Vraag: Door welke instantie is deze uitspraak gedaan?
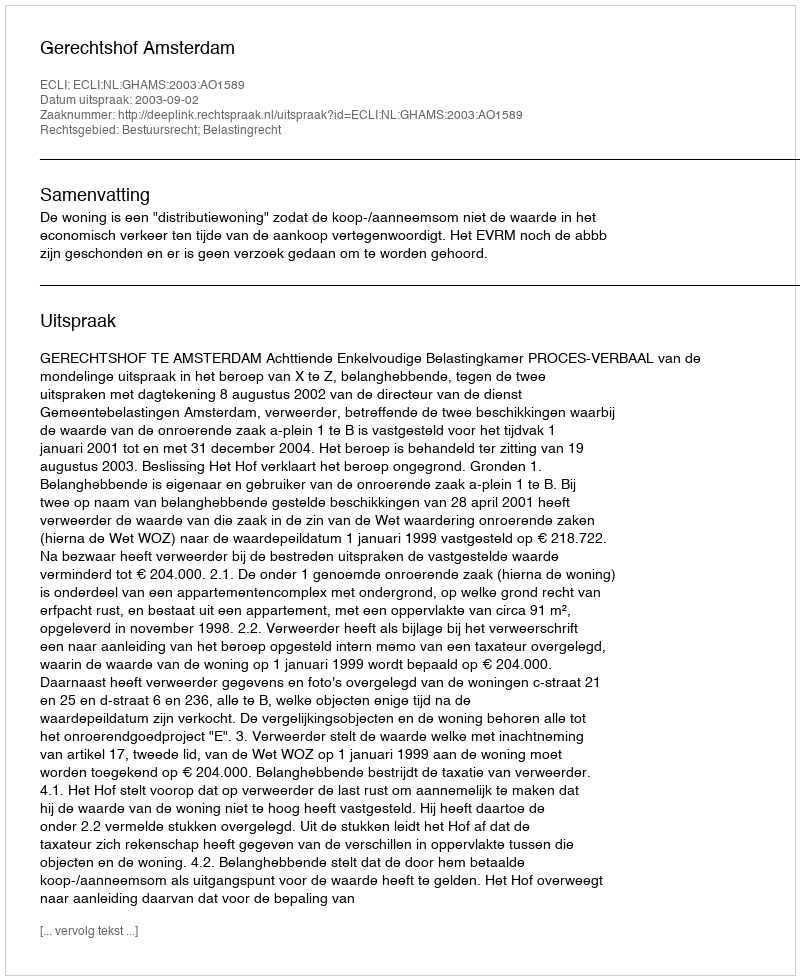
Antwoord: Gerechtshof Amsterdam